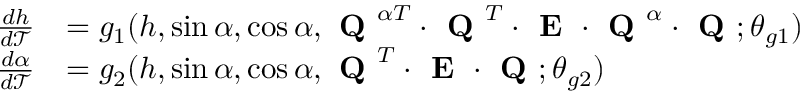
\begin{array} { r l } { \frac { d h } { d \mathcal { T } } } & { = g _ { 1 } ( h , \sin \alpha , \cos \alpha , \textbf { Q } ^ { \alpha T } \cdot \textbf { Q } ^ { T } \cdot \textbf { E } \cdot \textbf { Q } ^ { \alpha } \cdot \textbf { Q } ; \theta _ { g 1 } ) } \\ { \frac { d \alpha } { d \mathcal { T } } } & { = g _ { 2 } ( h , \sin \alpha , \cos \alpha , \textbf { Q } ^ { T } \cdot \textbf { E } \cdot \textbf { Q } ; \theta _ { g 2 } ) } \end{array}